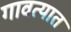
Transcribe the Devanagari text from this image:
गावत्यात